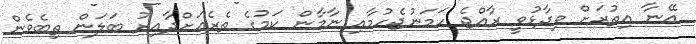
އޭނާ އިތުރަށް ވިދާޅުވީ ރާއްޖެ ހަމަނުޖެހުމާއި ނާމާން ކަމުގެ ތެރެއަށްދާއިރު ބަލަން ތިބެވެން